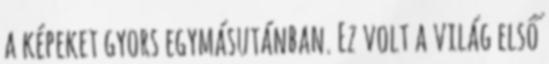
a képeket gyors egymásutánban. Ez volt a világ első